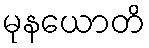
မုနယောတိ